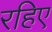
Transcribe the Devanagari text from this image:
रहिए